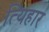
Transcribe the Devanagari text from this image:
त्यिहार